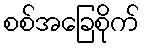
စစ်အခြေစိုက်